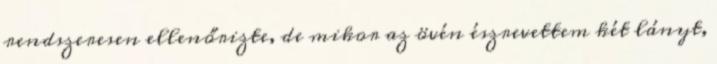
rendszeresen ellenőrizte, de mikor az övén észrevettem két lányt,